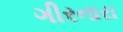
ગીરનારા